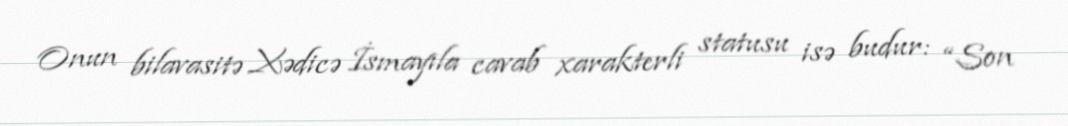
Onun bilavasitə Xədicə İsmayıla cavab xarakterli statusu isə budur: “Son